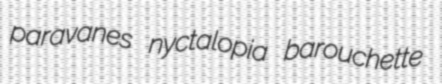
paravanes nyctalopia barouchette